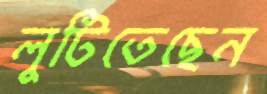
লুটিতেছেন